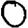
Digit: 0